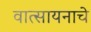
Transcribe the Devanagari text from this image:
वात्सायनाचे